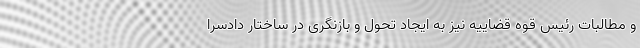
و مطالبات رئیس قوه قضاییه نیز به ایجاد تحول و بازنگری در ساختار دادسرا